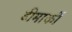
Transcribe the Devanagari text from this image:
डीमार्को